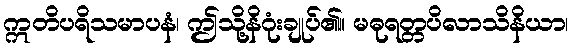
ဣတိပရိသမာပနံ၊ ဤသို့နိဂုံးချုပ်၏။ မဓုရတ္တပိလာသိနိယာ၊